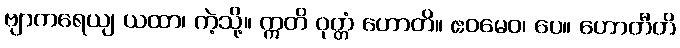
ဗျာကရေယျ ယထာ၊ ကဲ့သို့။ ဣတိ ဝုတ္တံ ဟောတိ။ ဧဝမေဝ၊ ပေ။ ဟောတီတိ